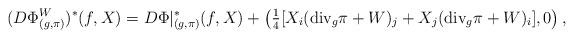
LaTeX: \begin{align*} (D{\Phi}^W_{(g,\pi)})^*(f, X) = D\Phi|^*_{(g,\pi)} (f, X) + \left( \tfrac{1}{4} [ X_i (\textup{div}_g \pi +W)_j+X_j (\textup{div}_g \pi+W)_i], 0\right),\end{align*}